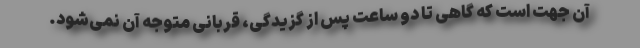
آن جهت است که گاهی تا دو ساعت پس از گزیدگی، قربانی متوجه آن نمی‌شود.